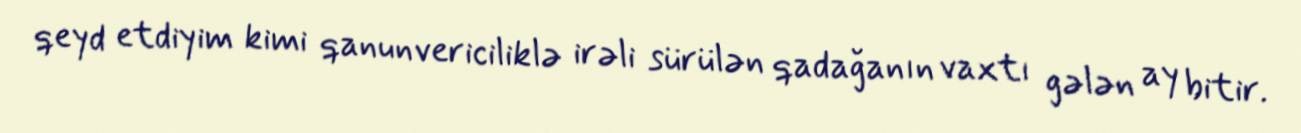
qeyd etdiyim kimi qanunvericiliklə irəli sürülən qadağanın vaxtı gələn ay bitir.